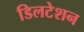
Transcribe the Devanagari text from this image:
डिलटेशन